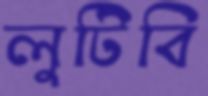
লুটিবি